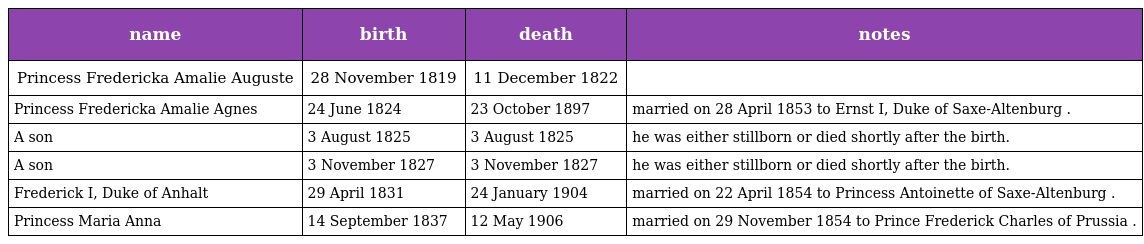
| name | birth | death | notes |
 | --- | --- | --- | --- |
 | Princess Fredericka Amalie Auguste | 28 November 1819 | 11 December 1822 |  |
 | Princess Fredericka Amalie Agnes | 24 June 1824 | 23 October 1897 | married on 28 April 1853 to Ernst I, Duke of Saxe-Altenburg . |
 | A son | 3 August 1825 | 3 August 1825 | he was either stillborn or died shortly after the birth. |
 | A son | 3 November 1827 | 3 November 1827 | he was either stillborn or died shortly after the birth. |
 | Frederick I, Duke of Anhalt | 29 April 1831 | 24 January 1904 | married on 22 April 1854 to Princess Antoinette of Saxe-Altenburg . |
 | Princess Maria Anna | 14 September 1837 | 12 May 1906 | married on 29 November 1854 to Prince Frederick Charles of Prussia . |